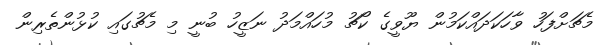
މެޗަށްފަހު ވާހަކަދައްކަމުން ޔޫވީގެ ކޯޗު މުހައްމަދު ނަޒީހު ބުނީ މި މެޗުގައި ކުޅުންތެރިން